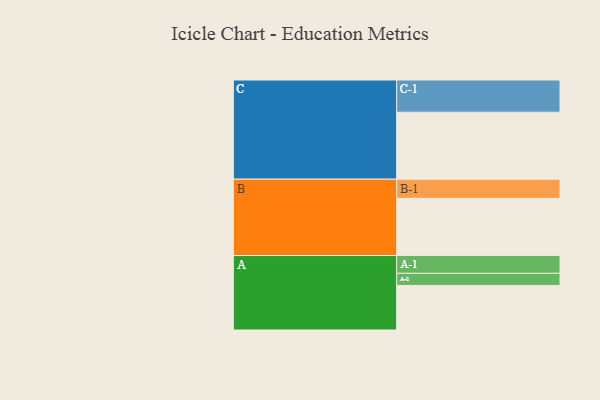
{"axis": {"x": "Segment", "y": "Value"}, "legend": ["", "A", "B", "C"], "data": [{"x": "A", "y": 386, "type": ""}, {"x": "B", "y": 495, "type": ""}, {"x": "C", "y": 580, "type": ""}, {"x": "A-1", "y": 154, "type": "A"}, {"x": "A-2", "y": 105, "type": "A"}, {"x": "B-1", "y": 166, "type": "B"}, {"x": "C-1", "y": 279, "type": "C"}]}